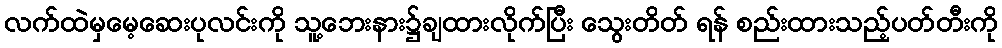
လက်ထဲမှမေ့ဆေးပုလင်းကို သူ့ဘေးနား၌ချထားလိုက်ပြီး သွေးတိတ် ရန် စည်းထားသည့်ပတ်တီးကို